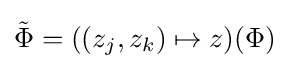
{\tilde {\Phi }}=((z_{j},z_{k})\mapsto z)(\Phi )